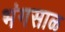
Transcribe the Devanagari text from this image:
भंगसाळ